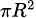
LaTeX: \scriptstyle\pi R^{2}